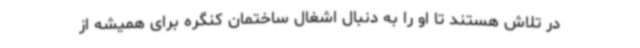
در تلاش هستند تا او را به دنبال اشغال ساختمان کنگره برای همیشه از